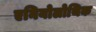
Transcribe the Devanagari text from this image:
एनियोलोथिक